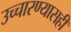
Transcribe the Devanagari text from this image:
उच्चारण्यासही